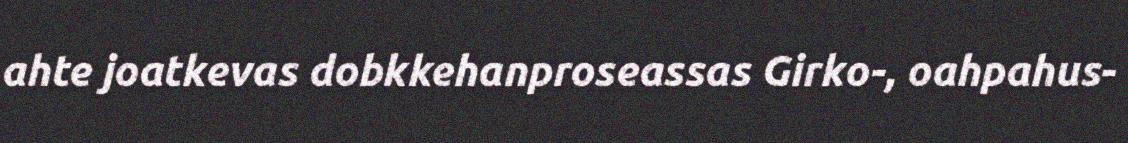
ahte joatkevas dobkkehanproseassas Girko-, oahpahus-